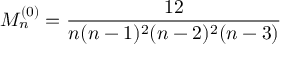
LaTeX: M _ { n } ^ { ( 0 ) } = \frac { 1 2 } { n ( n - 1 ) ^ { 2 } ( n - 2 ) ^ { 2 } ( n - 3 ) }